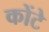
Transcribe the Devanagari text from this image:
कोंटे